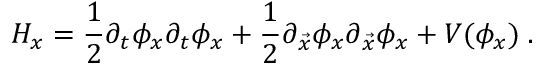
{ \cal H } _ { x } = { \frac { 1 } { 2 } } \partial _ { t } \phi _ { x } \partial _ { t } \phi _ { x } + { \frac { 1 } { 2 } } \partial _ { \vec { x } } \phi _ { x } \partial _ { \vec { x } } \phi _ { x } + V ( \phi _ { x } ) \; .